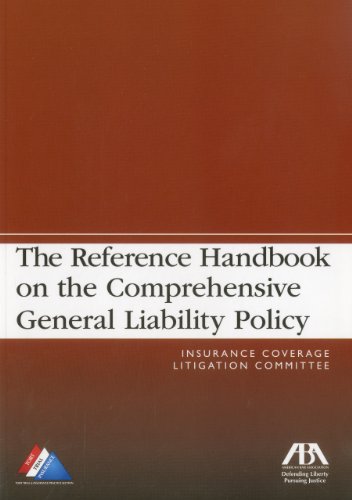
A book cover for The Reference Handbook on the Comprehensive General Liability Policy; Arizona Archaeological; Business & Money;